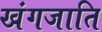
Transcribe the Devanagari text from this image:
खंगजाति